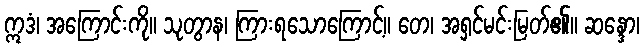
ဣဒံ၊ အကြောင်းကို။ သုတွာန၊ ကြားရသောကြောင့်။ တေ၊ အရှင်မင်းမြတ်၏။ ဆန္ဒော၊